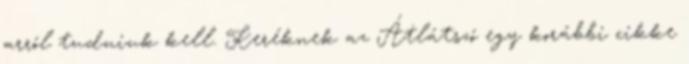
arról tudniuk kell. Keréknek az Átlátszó egy korábbi cikke